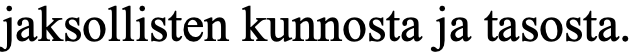
jaksollisten kunnosta ja tasosta.